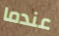
عندما